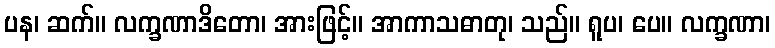
ပန၊ ဆက်။ လက္ခဏာဒိတော၊ အားဖြင့်။ အာကာသဓာတု၊ သည်။ ရူပ၊ ပေ။ လက္ခဏာ၊